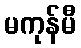
မကုန်မီ